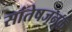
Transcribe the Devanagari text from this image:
सांतेषजनक